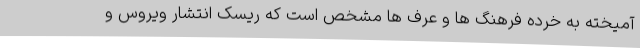
آمیخته به خرده فرهنگ ها و عرف ها مشخص است که ریسک انتشار ویروس و